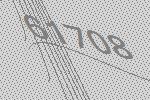
61708